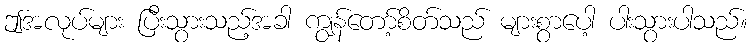
ဤအလုပ်များ ပြီးသွားသည့်အခါ ကျွန်တော့်စိတ်သည် များစွာပေါ့ ပါးသွားပါသည်။